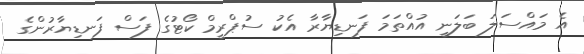
އެ މައްސަލަ ބަލަނީ އުއްތަމަ ފަނޑިޔާރާ އެކު ސުޕްރީމް ކޯޓުގެ ފަސް ފަނޑިޔާރުންގެ